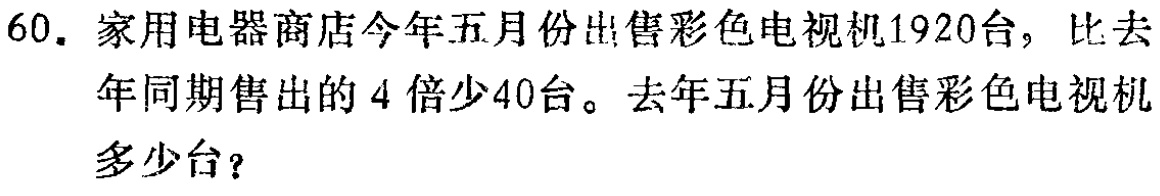
60. 家用电器商店今年五月份出售彩色电视机1920台，比去年同期售出的4倍少40台。去年五月份出售彩色电视机多少台？